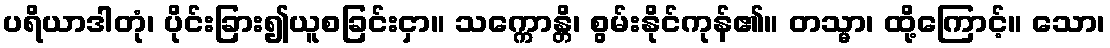
ပရိယာဒါတုံ၊ ပိုင်းခြား၍ယူစခြင်းငှာ။ သက္ကောန္တိ၊ စွမ်းနိုင်ကုန်၏။ တသ္မာ၊ ထို့ကြောင့်။ သော၊